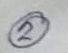
2